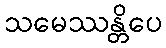
သမေဿန္တိပေ